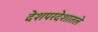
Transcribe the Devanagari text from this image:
देशपरदेशातले